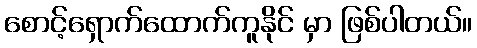
စောင့်ရှောက်ထောက်ကူနိုင် မှာ ဖြစ်ပါတယ်။